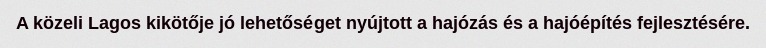
A közeli Lagos kikötője jó lehetőséget nyújtott a hajózás és a hajóépítés fejlesztésére.